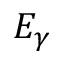
E _ { \gamma }